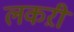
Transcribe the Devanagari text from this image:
लकऱी